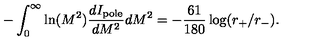
- \int _ { 0 } ^ { \infty } \ln ( M ^ { 2 } ) { \frac { d I _ { \mathrm { p o l e } } } { d M ^ { 2 } } } d M ^ { 2 } = - { \frac { 6 1 } { 1 8 0 } } \log ( r _ { + } / r _ { - } ) .